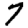
Digit: 7